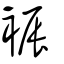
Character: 裖